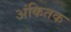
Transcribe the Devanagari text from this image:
अंकितक